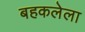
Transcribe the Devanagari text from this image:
बहकलेला